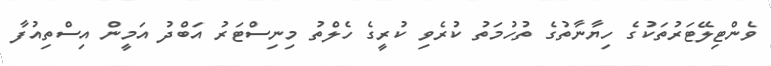
ވެންޓިލޭޓަރުތަކުގެ ހިޔާނާތުގެ ތުހުމަތު ކުރެވި ކުރީގެ ހެލްތު މިނިސްޓަރު އަބްދު އަމީން އިސްތިއުފާ